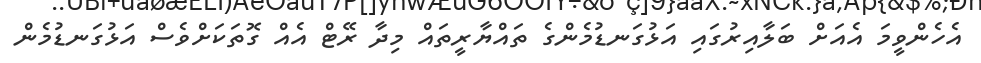
އެހެންވީމަ އެއަށް ބަލާއިރުގައި އަޅުގަނޑުމެންގެ ތައްޔާރީތައް މިދާ ރޭޓް އެއް ގޮތަކަށްވެސް އަޅުގަނޑުމެން